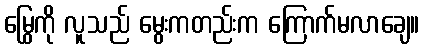
မြွေကို လူသည် မွေးကတည်းက ကြောက်မလာချေ။